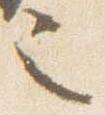
也